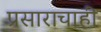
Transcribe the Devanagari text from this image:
प्रसाराचाही